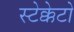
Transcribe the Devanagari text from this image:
स्टेक्केटो